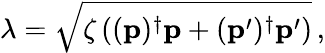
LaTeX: \lambda=\sqrt{\zeta\left((\mathbf{p})^{\dagger}\mathbf{p}+(\mathbf{p}^{\prime})^{\dagger}\mathbf{p}^{\prime}\right)}\, ,